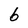
Character: 6